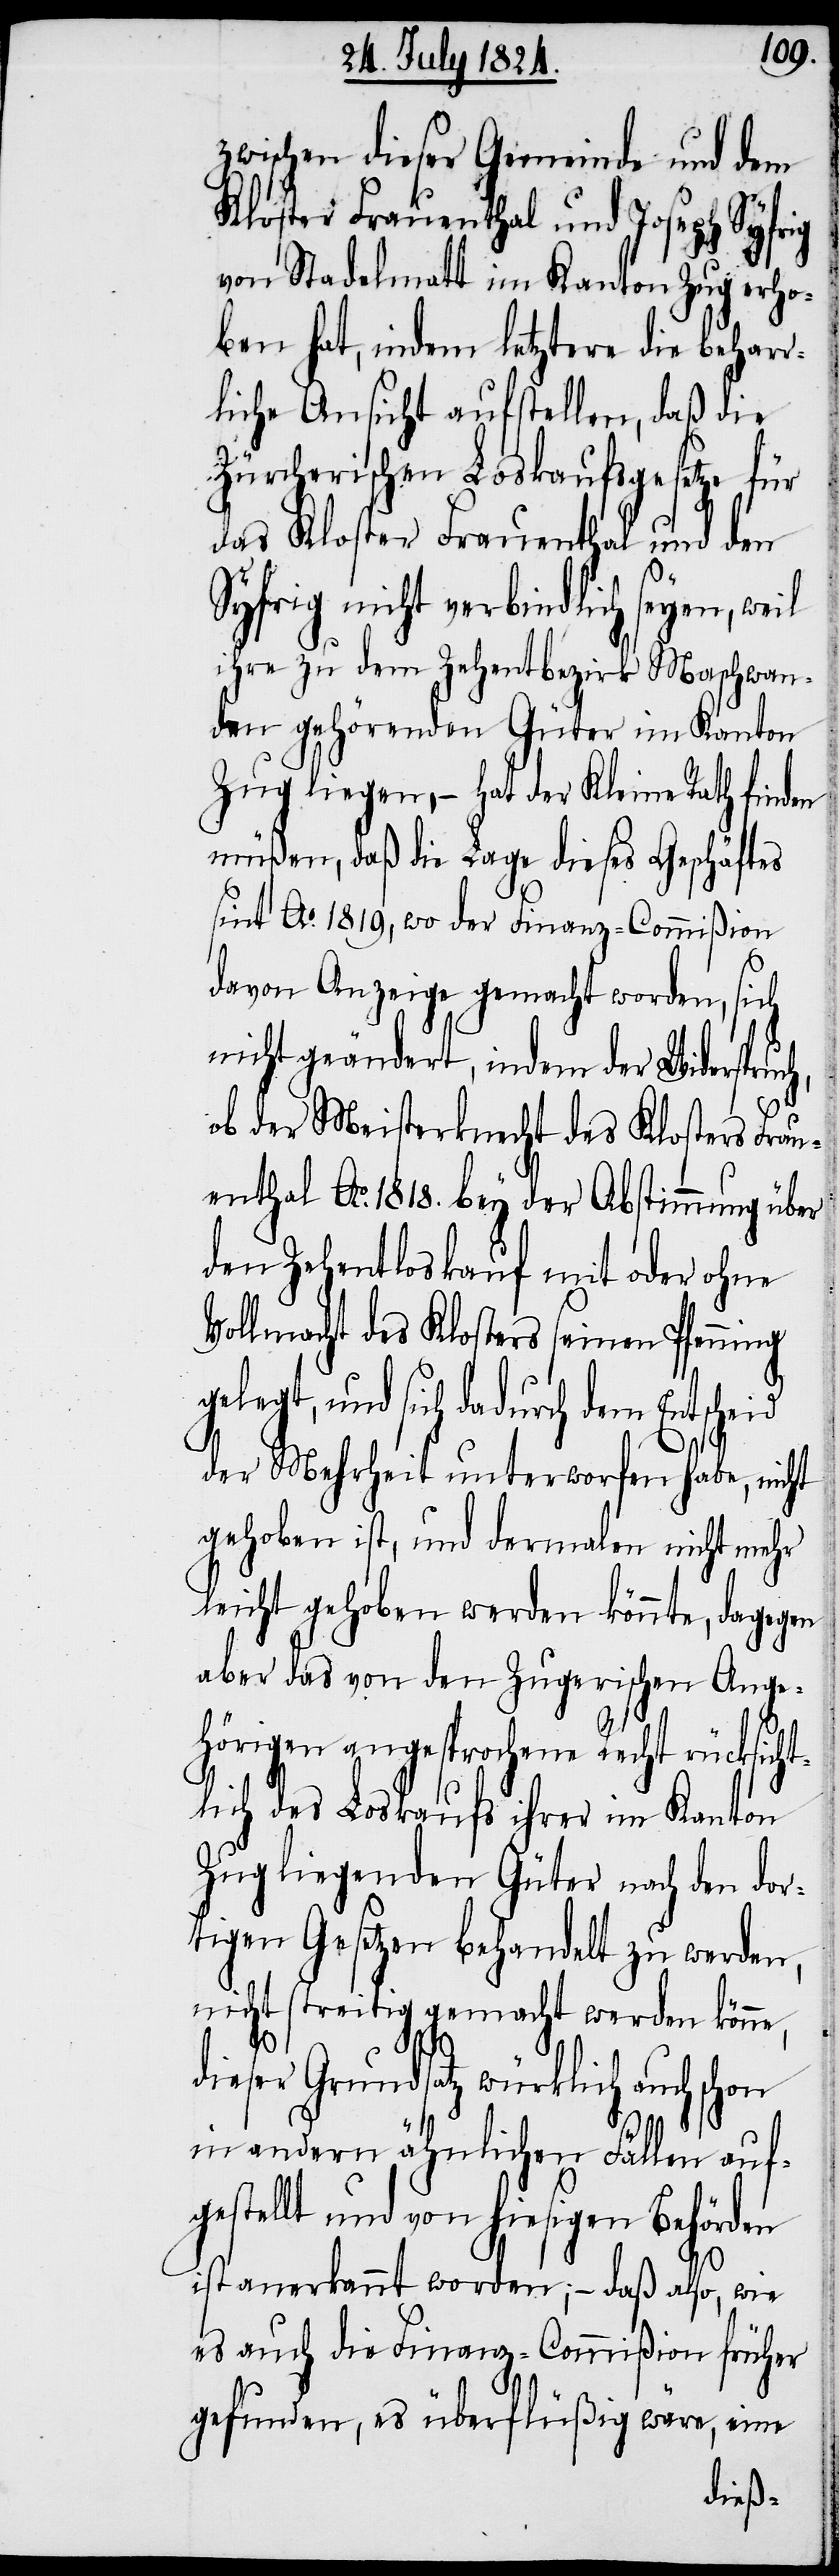
zwischen dieser Gemeinde und dem
Kloster Frauenthal und Joseph Syfrig
von Stadelmatt im Kanton Zug erho¬
ben hat, indem letztere die beharr¬
liche Ansicht aufstellen, daß die
Zürcherischen Loskaufsgesetze für
das Kloster Frauenthal und den
Syfrig nicht verbindlich seyen, weil
ihre zu dem Zehentbezirk Maschwan¬
den gehörenden Güter im Kanton
Zug liegen, – hat der Kleine Rath finden
müßen, daß die Lage dieses Geschäftes
sint Ao. 1819, wo der Finanz-Commißion
davon Anzeige gemacht worden, sich
nicht geändert, indem der Widerspruc¬
ob der Meisterknecht des Klosters Frau¬
enthal Ao. 1818. bey der Abstimmung über
den Zehentloskauf mit oder ohne
Vollmacht des Klosters seinen Pfenning
gelegt, und sich dadurch dem Entscheid
h,
der Mehrheit unterworfen habe, nicht
gehoben ist, und dermalen nicht mehr
leicht gehoben werden könnte, dagegen
aber das von den Zugerischen Ange¬
hörigen ausgesprochene Recht rücksicht¬
lich des Loskaufs ihrer im Kanton
Zug liegenden Güter nach den dor¬
tigen Gesetzen behandelt zu werden,
nicht streitig gemacht werden könne,
dieser Grundsatz würklich auch schon
in andern ähnlichen Fällen auf¬
gestellt und von hiesigen Behörden
ist anerkannt worden; – daß also, wie
es auch die Finanz-Commißion früher
gefunden, es überflüßig wäre, eine